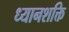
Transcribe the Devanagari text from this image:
ध्यानशक्ति